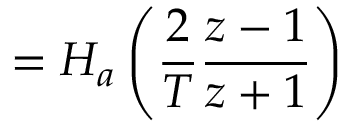
= H _ { a } \left( { \frac { 2 } { T } } { \frac { z - 1 } { z + 1 } } \right)